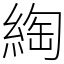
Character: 綯